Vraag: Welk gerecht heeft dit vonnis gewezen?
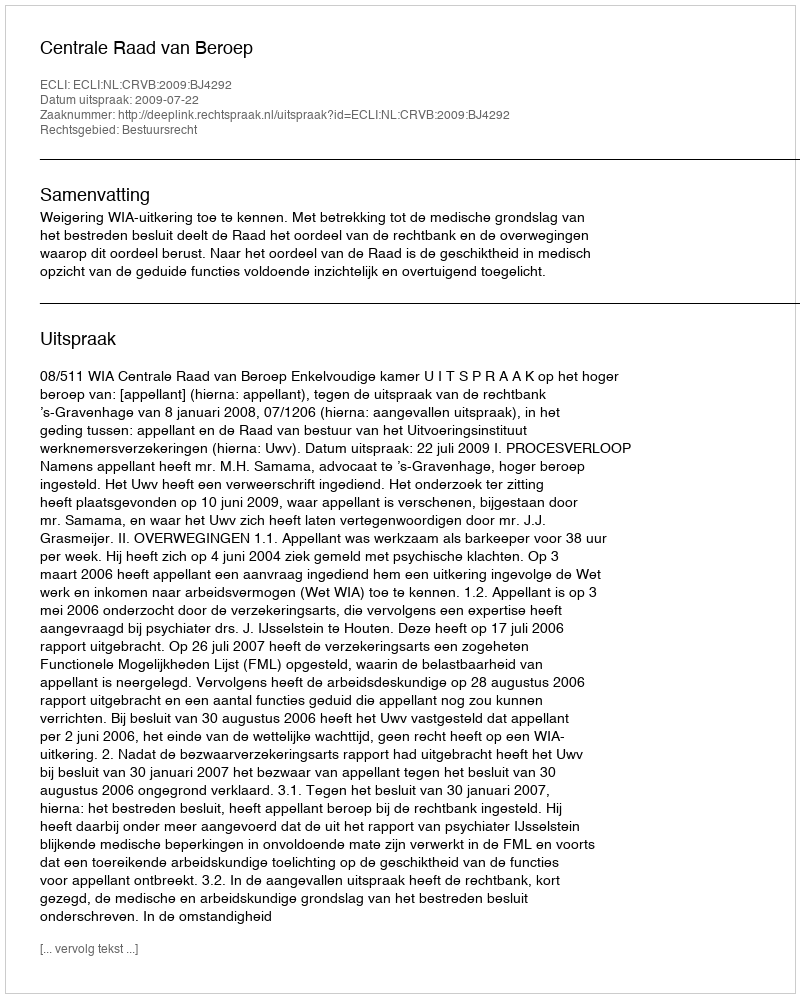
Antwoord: Centrale Raad van Beroep